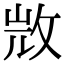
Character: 𣁋